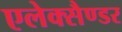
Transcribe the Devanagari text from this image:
एलेक्सैण्डर